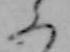
ふ